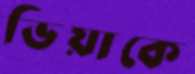
ভিয়াকে